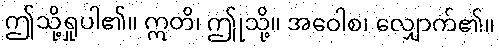
ဤသို့ရှုပါ၏။ ဣတိ၊ ဤုသို့။ အဝေါစ၊ လျှောက်၏။